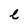
Character: e